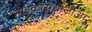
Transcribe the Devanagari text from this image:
माइक्रोग्नेथोजोआ